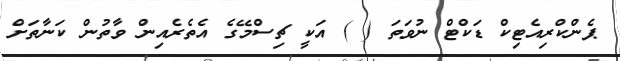
ޕެންކްރިއެޓިކް ޑަކްޓް ނުވަތަ ( ) އަކީ ޗިސްމޭގެ އެތެރެއިން ވާތުން ކަނާތަށް